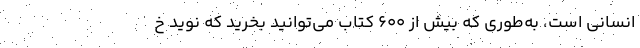
انسانی است، به‌طوری‌ که بیش از ۶۰۰ کتاب می‌توانید بخرید که نوید خ